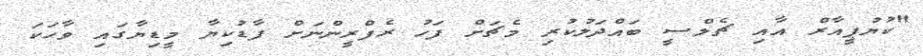
"ކުޔުޕީއާރް އާއި ޗެލްސީ ބައްދަލުކުރި މެޗަށް ފަހު ރެފްރީންނަށް ފާޑުކިޔާ މީޑިޔާގައި ވާހަކަ